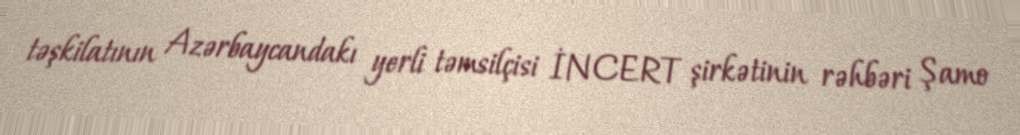
təşkilatının Azərbaycandakı yerli təmsilçisi İNCERT şirkətinin rəhbəri Şamo